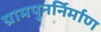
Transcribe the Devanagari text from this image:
ग्रामपुनर्निर्माण